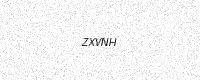
Text: ZXVNH